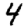
Digit: 4